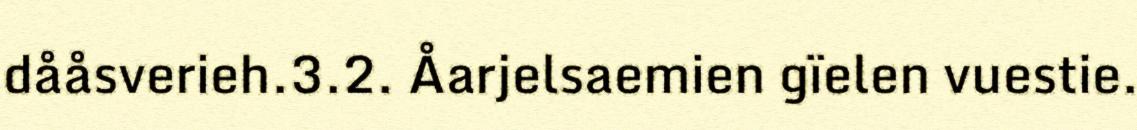
dååsverieh.3.2. Åarjelsaemien gïelen vuestie.